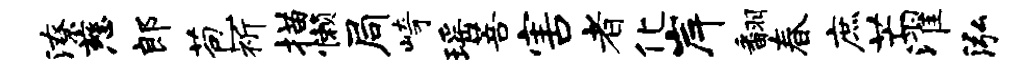
潦慈郎苞祈描懒局崎瑶菩害者化岸翻春庶芒濯泓